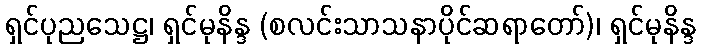
ရှင်ပုညသေဋ္ဌ၊ ရှင်မုနိန္ဒ (စလင်းသာသနာပိုင်ဆရာတော်)၊ ရှင်မုနိန္ဒ